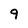
Character: 9